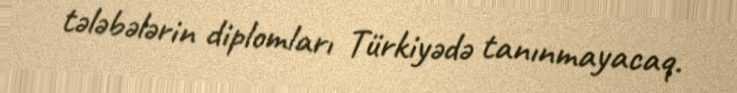
tələbələrin diplomları Türkiyədə tanınmayacaq.